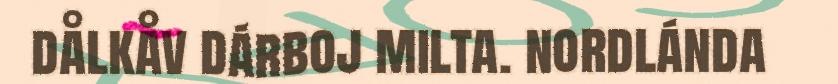
dålkåv dárboj milta. nordlánda